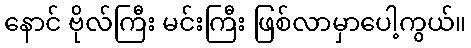
နောင် ဗိုလ်ကြီး မင်းကြီး ဖြစ်လာမှာပေါ့ကွယ်။